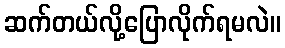
ဆက်တယ်လို့ပြောလိုက်ရမလဲ။